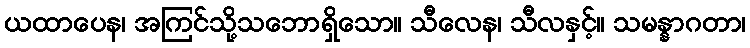
ယထာပေန၊ အကြင်သို့သဘောရှိသော။ သီလေန၊ သီလနှင့်။ သမန္နာဂတာ၊